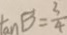
B = \frac { 3 } { 4 }